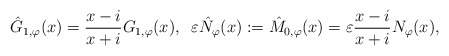
\begin{align*}\hat{G}_{1,\varphi}(x) = \frac{x - i}{x + i} {G}_{1,\varphi}(x),\;\; \varepsilon \hat{N}_{\varphi}(x) := \hat{M}_{0,\varphi}(x) = \varepsilon \frac{x - i}{x + i} {N}_{\varphi}(x),\end{align*}